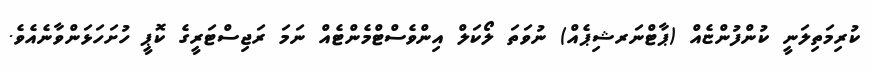
ކުރިމަތިލަނީ ކުންފުންޏެއް (ޕާޓްނަރޝިޕެއް) ނުވަތަ ލޯކަލް އިންވެސްޓްމެންޓެއް ނަމަ ރަޖިސްޓަރީގެ ކޮޕީ ހުށަހަޅަންވާނެއެވެ.